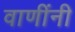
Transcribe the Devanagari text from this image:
वाणींनी